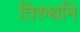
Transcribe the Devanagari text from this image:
तिरुथनि